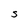
Character: S